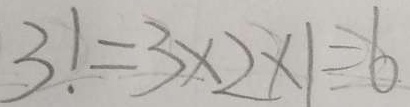
3 1 = 3 \times 2 \times 1 = 6